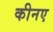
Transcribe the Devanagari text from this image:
कीनए